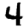
Digit: 4